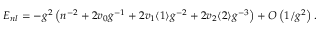
{ \cal E } _ { n l } = - g ^ { 2 } \left( n ^ { - 2 } + 2 v _ { 0 } g ^ { - 1 } + 2 v _ { 1 } \langle 1 \rangle g ^ { - 2 } + 2 v _ { 2 } \langle 2 \rangle g ^ { - 3 } \right) + O \left( 1 / g ^ { 2 } \right) .